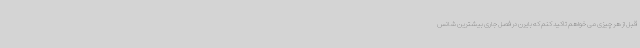
قبل از هر چیزی می خواهم تاکید کنم که بایرن در فصل جاری بیشترین شانس